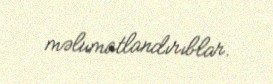
məlumatlandırıblar.